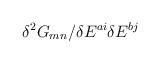
LaTeX: \begin{align*}\delta^2 G_{m n} / \delta E^{a i}\delta E^{b j}\end{align*}